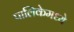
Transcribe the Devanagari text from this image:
पालिकेमध्ये